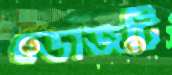
ডোজটি